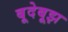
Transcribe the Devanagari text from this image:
बूदेबूझ